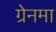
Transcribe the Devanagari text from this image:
ग्रेनमा